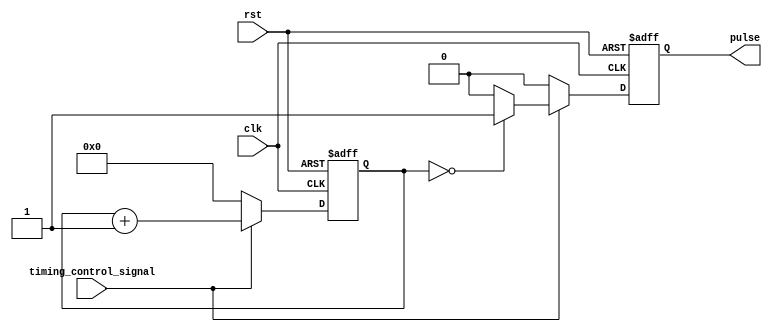
module synchronous_pulse_generator (
    input clk,
    input rst,
    input timing_control_signal,
    output reg pulse
);

reg [7:0] counter;

always @ (posedge clk or posedge rst) begin
    if (rst) begin
        counter <= 8'd0;
        pulse <= 1'b0;
    end else begin
        if (timing_control_signal) begin
            if (counter == 8'd0) begin
                pulse <= 1'b1;
            end else begin
                pulse <= 1'b0;
            end
            counter <= counter + 1;
        end else begin
            counter <= 8'd0;
            pulse <= 1'b0;
        end
    end
end

endmodule